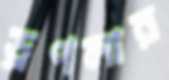
ড্রপলার